Scientific memoirs by medical officers of the Army of India - Part III,
Year: 1887
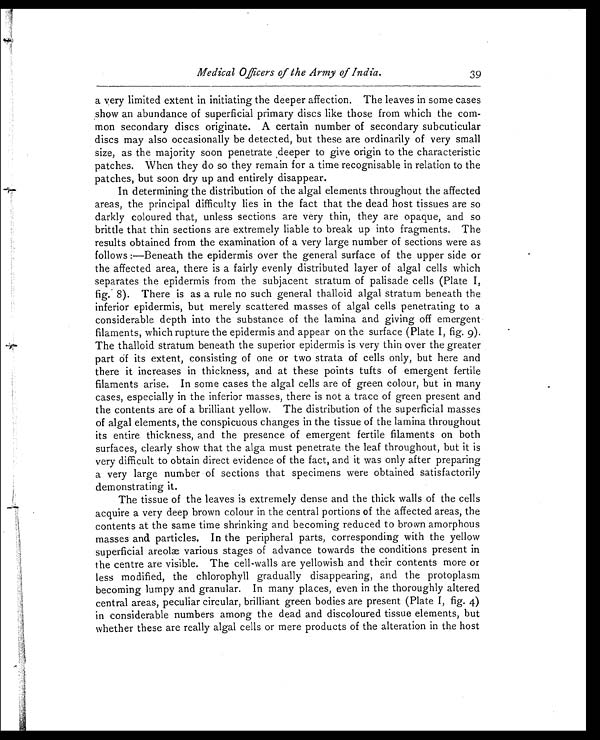
Medical Officers of the Army of India.
39
a very limited extent in initiating the deeper affection. The leaves in some cases
show an abundance of superficial primary discs like those from which the com-
mon secondary discs originate. A certain number of secondary subcuticular
discs may also occasionally be detected, but these are ordinarily of very small
size, as the majority soon penetrate deeper to give origin to the characteristic
patches. When they do so they remain for a time recognisable in relation to the
patches, but soon dry up and entirely disappear.
In determining the distribution of the algal elements throughout the affected
areas, the principal difficulty lies in the fact that the dead host tissues are so
darkly coloured that, unless sections are very thin, they are opaque, and so
brittle that thin sections are extremely liable to break up into fragments. The
results obtained from the examination of a very large number of sections were as
follows:—Beneath the epidermis over the general surface of the upper side or
the affected area, there is a fairly evenly distributed layer of algal cells which
separates the epidermis from the subjacent stratum of palisade cells (Plate I,
fig. 8). There is as a rule no such general thalloid algal stratum beneath the
inferior epidermis, but merely scattered masses of algal cells penetrating to a
considerable depth into the substance of the lamina and giving off emergent
filaments, which rupture the epidermis and appear on the surface (Plate I, fig. 9).
The thalloid stratum beneath the superior epidermis is very thin over the greater
part of its extent, consisting of one or two strata of cells only, but here and
there it increases in thickness, and at these points tufts of emergent fertile
filaments arise. In some cases the algal cells are of green colour, but in many
cases, especially in the inferior masses, there is not a trace of green present and
the contents are of a brilliant yellow. The distribution of the superficial masses
of algal elements, the conspicuous changes in the tissue of the lamina throughout
its entire thickness, and the presence of emergent fertile filaments on both
surfaces, clearly show that the alga must penetrate the leaf throughout, but it is
very difficult to obtain direct evidence of the fact, and it was only after preparing
a very large number of sections that specimens were obtained satisfactorily
demonstrating it.
The tissue of the leaves is extremely dense and the thick walls of the cells
acquire a very deep brown colour in the central portions of the affected areas, the
contents at the same time shrinking and becoming reduced to brown amorphous
masses and particles. In the peripheral parts, corresponding with the yellow
superficial areolæ various stages of advance towards the conditions present in
the centre are visible. The cell-walls are yellowish and their contents more or
less modified, the chlorophyll gradually disappearing, and the protoplasm
becoming lumpy and granular. In many places, even in the thoroughly altered
central areas, peculiar circular, brilliant green bodies are present (Plate I, fig. 4)
in considerable numbers among the dead and discoloured tissue elements, but
whether these are really algal cells or mere products of the alteration in the host